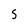
Character: S